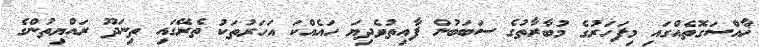
ޚާއްސަގޮތެއްގައި މިފަހަރުގެ މުބާރާތުގެ ސަބަބުން ފާއިތުވެދިޔަ ހައެއްކަ އަހަރުތަކު ތެެރޭގައި ތިނަދޫ ރައްޔިތުންގެ